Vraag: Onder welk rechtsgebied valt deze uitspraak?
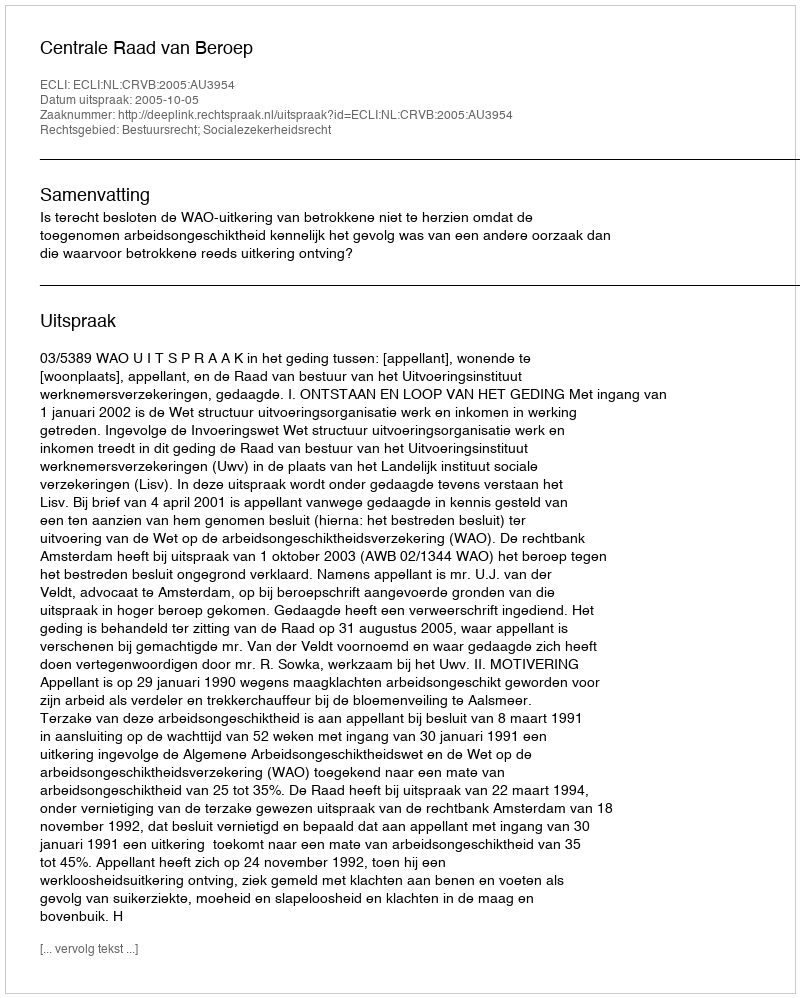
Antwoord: Bestuursrecht; Socialezekerheidsrecht